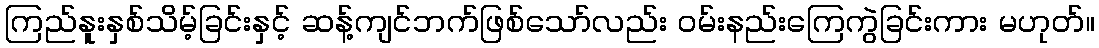
ကြည်နူးနှစ်သိမ့်ခြင်းနှင့် ဆန့်ကျင်ဘက်ဖြစ်သော်လည်း ဝမ်းနည်းကြေကွဲခြင်းကား မဟုတ်။